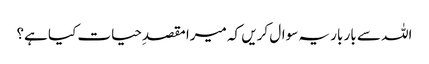
اللہ سے بار بار یہ سوال کریں کہ میرا مقصدِحیات کیا ہے؟